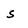
Character: 5